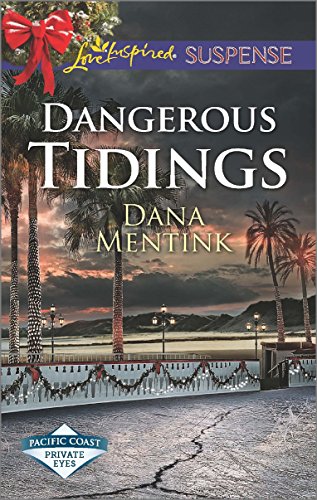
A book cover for Dangerous Tidings (Pacific Coast Private Eyes); Dana Mentink; Romance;